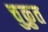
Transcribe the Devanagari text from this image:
चुक्रुत